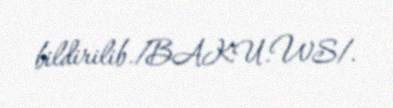
bildirilib./BAKU.WS/.